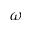
\ensuremath { \omega }